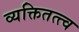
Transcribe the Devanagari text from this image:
व्यक्तितत्त्व